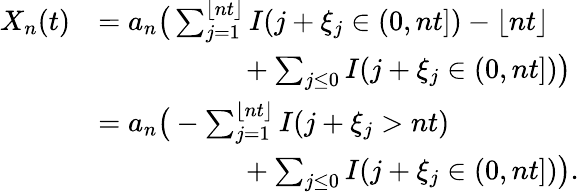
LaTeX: \begin{array}{rl}{X_{n}(t)}&{=a_{n}\big(\sum_{j=1}^{\lfloor nt\rfloor}I(j+\xi_{j}\in(0,nt])-\lfloor nt\rfloor}\\ &{~~~~~~~~~~~~~~~~~~~~+\sum_{j\leq 0}I(j+\xi_{j}\in(0,nt])\big)}\\ &{=a_{n}\big(-\sum_{j=1}^{\lfloor nt\rfloor}I(j+\xi_{j}>nt)}\\ &{~~~~~~~~~~~~~~~~~~~~+\sum_{j\leq 0}I(j+\xi_{j}\in(0,nt])\big).}\end{array}